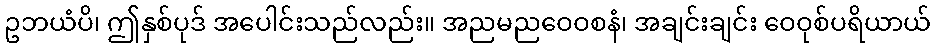
ဥဘယံပိ၊ ဤနှစ်ပုဒ် အပေါင်းသည်လည်း။ အညမညဝေဝစနံ၊ အချင်းချင်း ဝေဝုစ်ပရိယာယ်